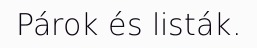
Párok és listák.